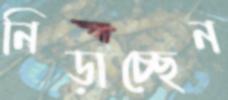
নিড়াচ্ছেন